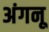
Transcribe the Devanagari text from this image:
अंगनू